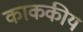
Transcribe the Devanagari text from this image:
काककीय